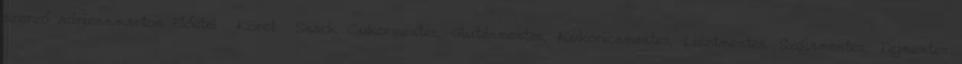
szerző adrienn.marton Előétel Köret Snack Cukormentes, Gluténmentes, Kukoricamentes, Lisztmentes, Szójamentes, Tejmentes